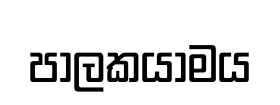
පාලකයාමය